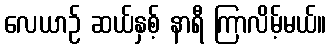
လေယာဉ် ဆယ်နှစ့် နာရီ ကြာလိမ့်မယ်။